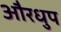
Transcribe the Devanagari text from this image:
औरधुप